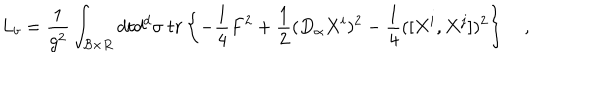
L _ { b } = { \frac { 1 } { g ^ { 2 } } } \int _ { { \cal B } \times R } d t d ^ { d } \sigma \ t r \left\{ - { \frac { 1 } { 4 } } F ^ { 2 } + { \frac { 1 } { 2 } } ( D _ { \alpha } X ^ { i } ) ^ { 2 } - { \frac { 1 } { 4 } } ( [ X ^ { i } , X ^ { j } ] ) ^ { 2 } \right\} \quad ,